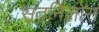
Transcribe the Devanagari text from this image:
सतर्निलोस